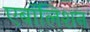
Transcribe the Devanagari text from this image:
एबॉलिशन